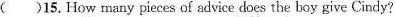
( )15.How many pieces of advice does the boy give Cindy?